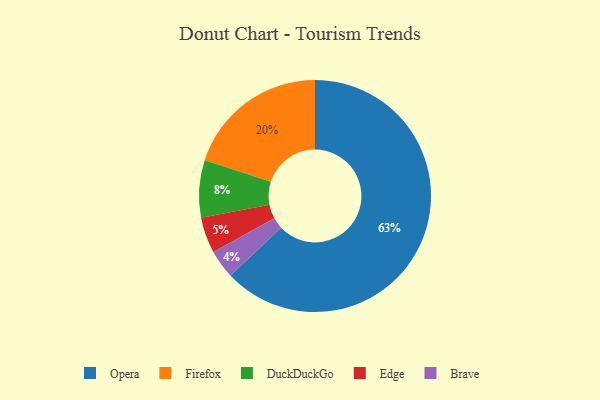
{"axis": {"x": "Category", "y": "Percentage"}, "legend": ["Brave", "DuckDuckGo", "Edge", "Firefox", "Opera"], "data": [{"x": "Edge", "y": 5, "type": "Edge"}, {"x": "Brave", "y": 4, "type": "Brave"}, {"x": "Opera", "y": 63, "type": "Opera"}, {"x": "Firefox", "y": 20, "type": "Firefox"}, {"x": "DuckDuckGo", "y": 8, "type": "DuckDuckGo"}]}